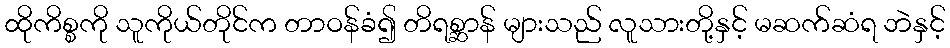
ထိုကိစ္စကို သူကိုယ်တိုင်က တာဝန်ခံ၍ တိရစ္ဆာန် များသည် လူသားတို့နှင့် မဆက်ဆံရ ဘဲနှင့်